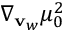
\nabla _ { \mathbf { v } _ { w } } \mu _ { 0 } ^ { 2 }